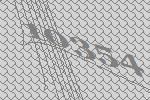
10354